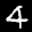
Label: 4